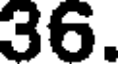
36.